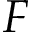
F